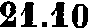
21.10